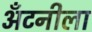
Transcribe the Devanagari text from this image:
अँटनीला